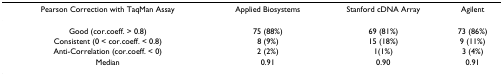
| Pearson Correction with TaqMan Assay | Applied Biosystems | Stanford cDNA Array | Agilent |
 | --- | --- | --- | --- |
 | Good (cor.coeff. > 0.8) | 75 (88%) | 69 (81%) | 73 (86%) |
 | Consistent (0 < cor.coeff. < 0.8) | 8 (9%) | 15 (18%) | 9 (11%) |
 | Anti-Correlation (cor.coeff. < 0) | 2 (2%) | 1(1%) | 3 (4%) |
 | Median | 0.91 | 0.90 | 0.91 |